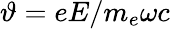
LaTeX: \vartheta=eE/m_{e}\omega c